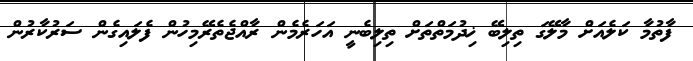
ފާތުމާ ކަލެއަށް މާލޭގަ ތިލިބޭ ޚިދުމަތްތަށް ތިލިބެނީ އަހަރެމެން ރާއްޖެތެރޭމިހުން ފެލައިގެން ސަރުކާރުން